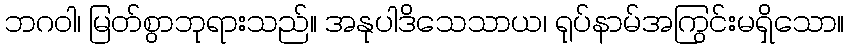
ဘဂဝါ၊ မြတ်စွာဘုရားသည်။ အနုပါဒိသေသာယ၊ ရုပ်နာမ်အကြွင်းမရှိသော။